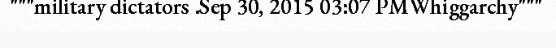
"""military dictators .Sep 30, 2015 03:07 PMWhiggarchy"""